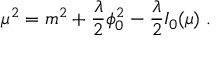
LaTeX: \mu ^ { 2 } = m ^ { 2 } + { \frac { \lambda } { 2 } } \phi _ { 0 } ^ { 2 } - { \frac { \lambda } { 2 } } I _ { 0 } ( \mu ) \; .